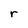
Character: r